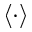
\langle \cdot \rangle